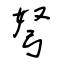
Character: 弩